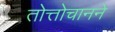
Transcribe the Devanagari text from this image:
तोत्तोचानने